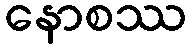
နောစဿ